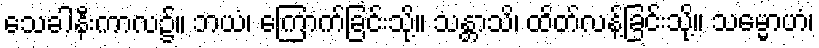
သေခါနီးကာလ၌။ ဘယံ၊ ကြောက်ခြင်းသို့။ သန္တာသိ၊ ထိတ်လန့်ခြင်းသို့။ သမ္မောဟံ၊